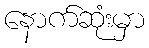
နောက်ဆုံးမှာ